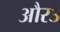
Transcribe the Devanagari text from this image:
और३